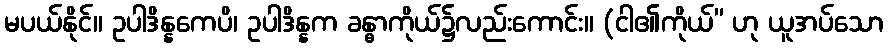
မပယ်နိုင်။ ဥပါဒိန္နကေပိ၊ ဥပါဒိန္နက ခန္ဓာကိုယ်၌လည်းကောင်း။ (ငါ၏ကိုယ်” ဟု ယူအပ်သော